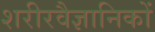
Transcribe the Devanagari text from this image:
शरीरवैज्ञानिकों